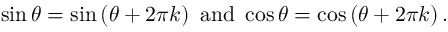
\sin \theta = \sin \left( \theta + 2 \pi k \right) { \mathrm { ~ a n d ~ } } \cos \theta = \cos \left( \theta + 2 \pi k \right) .